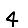
Digit: 4